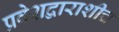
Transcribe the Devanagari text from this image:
प्रवेशद्वाराशीच